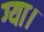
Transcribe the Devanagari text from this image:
ग्या।